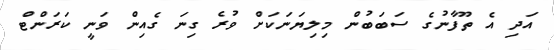
އަދި އެ ތޫފާނުގެ ސަބަބުން މިލިޔަނަކަށް ވުރެ ގިނަ ގެއިން ވަނީ ކަރަންޓް